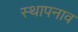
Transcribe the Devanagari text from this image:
स्थापनाव